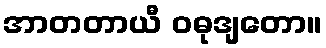
အာတတာယီ ဝဓုဒျတော။